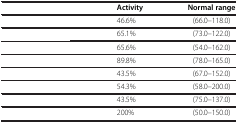
<table><thead><tr><td>[EMPTY_CELL]</td><td><b>Activity</b></td><td><b>Normal range</b></td></tr></thead><tbody><tr><td>[EMPTY_CELL]</td><td>46.6%</td><td>(66.0–118.0)</td></tr><tr><td>[EMPTY_CELL]</td><td>65.1%</td><td>(73.0–122.0)</td></tr><tr><td>[EMPTY_CELL]</td><td>65.6%</td><td>(54.0–162.0)</td></tr><tr><td>[EMPTY_CELL]</td><td>89.8%</td><td>(78.0–165.0)</td></tr><tr><td>[EMPTY_CELL]</td><td>43.5%</td><td>(67.0–152.0)</td></tr><tr><td>[EMPTY_CELL]</td><td>54.3%</td><td>(58.0–200.0)</td></tr><tr><td>[EMPTY_CELL]</td><td>43.5%</td><td>(75.0–137.0)</td></tr><tr><td>[EMPTY_CELL]</td><td>200%</td><td>(50.0–150.0)</td></tr></tbody></table>